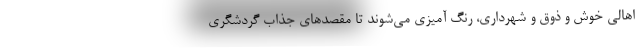
اهالی خوش و ذوق و شهرداری، رنگ آمیزی می‌شوند تا مقصد‌های جذاب گردشگری